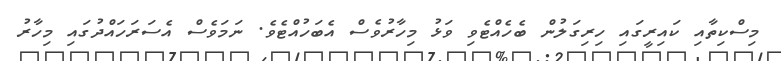
މިސްކިތާއި ކައިރީގައި ހިރިގަލުން ބެހެއްޓެވި ވަޅު މިހާރުވެސް އެބަހުއްޓެވެ. ނަމަވެސް އެސަރަހައްދުގައި މިހާރު